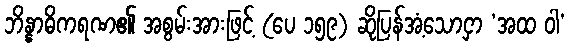
ဘိန္နာဓိကရဏ၏ အစွမ်းအားဖြင့် (ပေ ၁၅၉) ဆိုပြန်အံ့သောငှာ ‘အထ ဝါ’